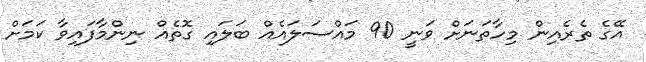
އޭގެ ތެރެއިން މިހާތަނަށް ވަނީ 90 މައްސަލައެއް ބަލައި ގޮތެއް ނިންމާފައިވާ ކަމަށް